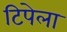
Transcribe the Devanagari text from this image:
टिपेला